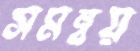
সমন্বয়